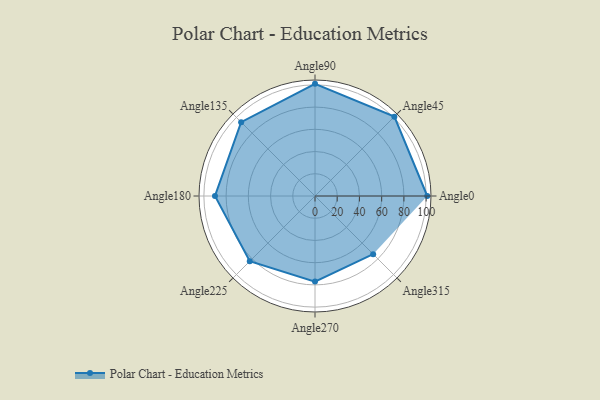
{"axis": {"x": "Angle", "y": "Radius"}, "legend": [""], "data": [{"x": "Angle0", "y": 101.0, "type": ""}, {"x": "Angle45", "y": 101.0, "type": ""}, {"x": "Angle90", "y": 101.0, "type": ""}, {"x": "Angle135", "y": 94.0, "type": ""}, {"x": "Angle180", "y": 90.0, "type": ""}, {"x": "Angle225", "y": 83.0, "type": ""}, {"x": "Angle270", "y": 77.0, "type": ""}, {"x": "Angle315", "y": 74.0, "type": ""}]}